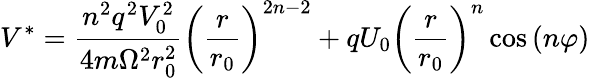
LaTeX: V^{*}=\frac{n^{2}q^{2}V_{0}^{2}}{4m\Omega^{2}r_{0}^{2}}\left(\frac{r}{r_{0}}\right)^{2n-2}+qU_{0}\left(\frac{r}{r_{0}}\right)^{n}\cos\left(n\varphi\right)